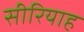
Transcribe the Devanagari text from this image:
सीरियाह